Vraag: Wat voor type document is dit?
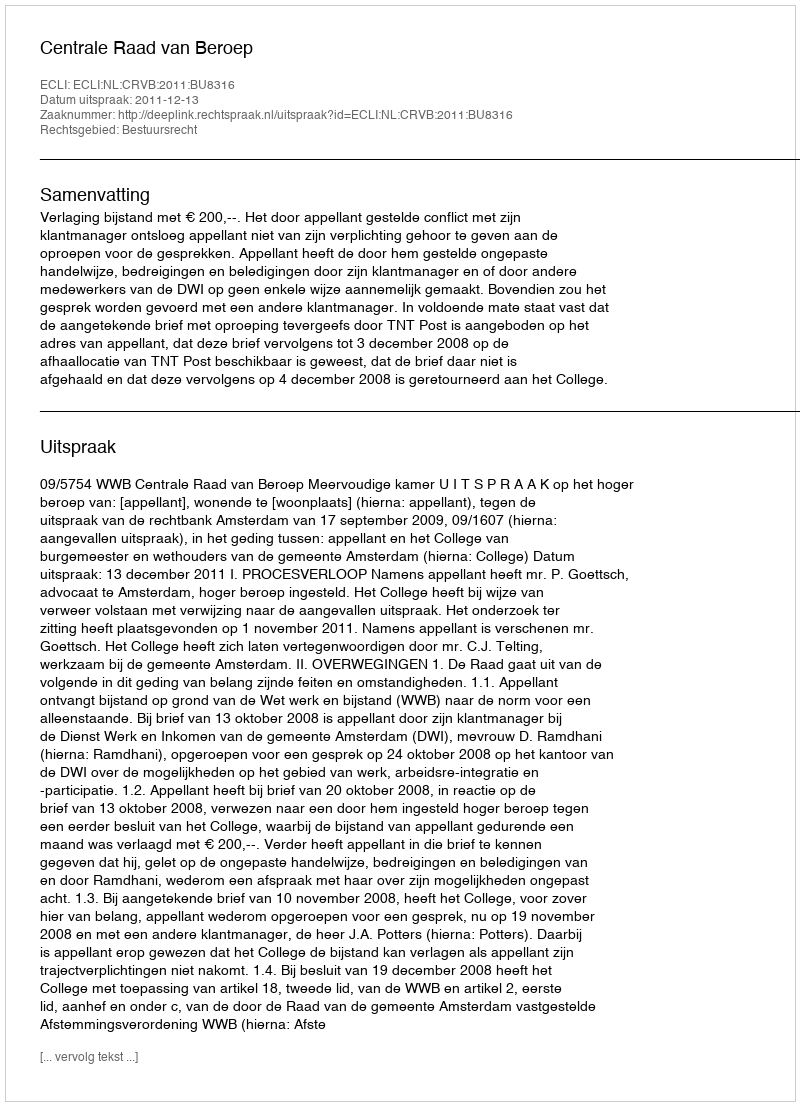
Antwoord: Uitspraak